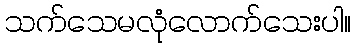
သက်သေမလုံလောက်သေးပါ။